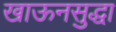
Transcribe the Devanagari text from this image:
खाऊनसुद्धा